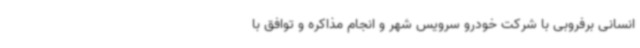
انسانی برفروبی با شرکت خودرو سرویس شهر و انجام مذاکره و توافق با